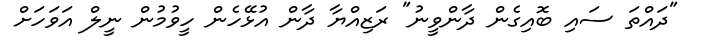
"ދައްތަ ސައި ބޮއިގެން ދާންވީނު" ރަޒިއްޔާ ދާން އުޅޭހެން ހީވުމުން ނީލް އަވަހަށް